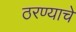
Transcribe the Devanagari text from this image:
ठरण्याचे